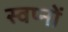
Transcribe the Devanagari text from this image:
स्वप्‍नों